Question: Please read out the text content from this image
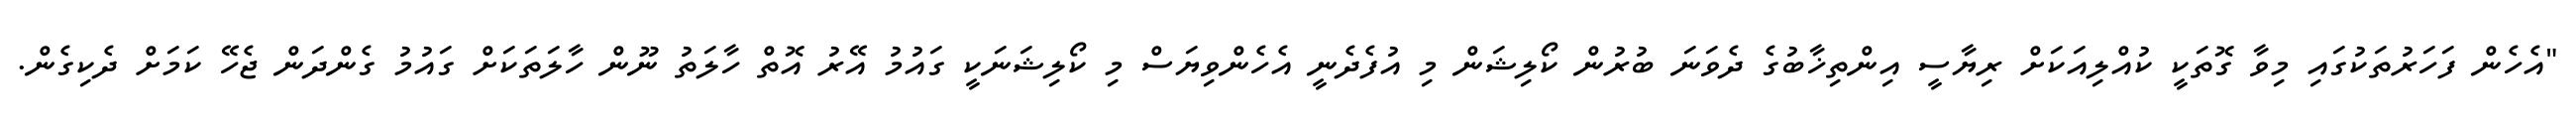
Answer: "އެހެން ފަހަރުތަކުގައި މިވާ ގޮތަކީ ކުއްލިއަކަށް ރިޔާސީ އިންތިޚާބުގެ ދެވަނަ ބުރުން ކޯލިޝަން މި އުފެދެނީ އެހެންވިޔަސް މި ކޯލިޝަނަކީ ގައުމު އޭރު އޮތް ހާލަތު ނޫން ހާލަތަކަށް ގައުމު ގެންދަން ޖެހޭ ކަމަށް ދެކިގެން.